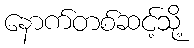
နောက်တစ်ဆင့်သို့